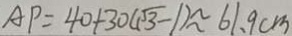
A P = 4 0 + 3 0 ( \sqrt { 3 } - 1 ) \approx 6 1 . 9 c m